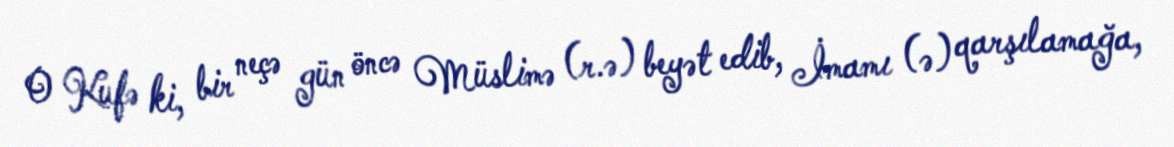
O Kufə ki, bir neçə gün öncə Müslimə (r.ə) beyət edib, İmamı (ə) qarşılamağa,